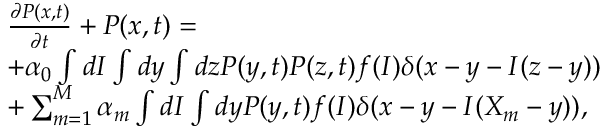
\begin{array} { r l } & { \frac { \partial P ( x , t ) } { \partial t } + P ( x , t ) = } \\ & { + \alpha _ { 0 } \int d I \int d y \int d z P ( y , t ) P ( z , t ) f ( I ) \delta ( x - y - I ( z - y ) ) } \\ & { + \sum _ { m = 1 } ^ { M } \alpha _ { m } \int d I \int d y P ( y , t ) f ( I ) \delta ( x - y - I ( X _ { m } - y ) ) , } \end{array}